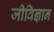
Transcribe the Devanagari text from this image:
जीविज्ञान